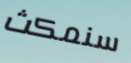
سنمكث